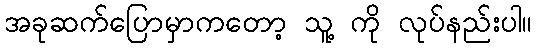
အခုဆက်ပြောမှာကတော့ သူ့ ကို လုပ်နည်းပါ။